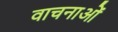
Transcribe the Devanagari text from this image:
वाचनाओं